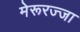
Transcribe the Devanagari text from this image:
मेरूरज्जा